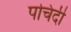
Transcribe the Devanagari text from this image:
पचिदी